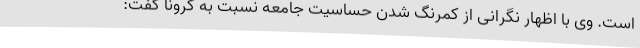
است. وی با اظهار نگرانی از کمرنگ شدن حساسیت جامعه نسبت به کرونا گفت: